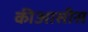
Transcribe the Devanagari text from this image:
कीआसीस